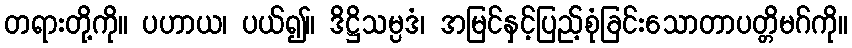
တရားတို့ကို။ ပဟာယ၊ ပယ်၍။ ဒိဋ္ဌိသမ္ပဒံ၊ အမြင်နှင့်ပြည့်စုံခြင်းသောတာပတ္တိမဂ်ကို။